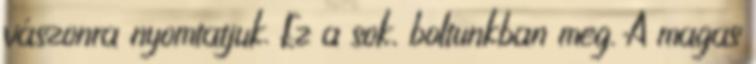
vászonra nyomtatjuk. Ez a sok, boltunkban meg. A magas